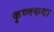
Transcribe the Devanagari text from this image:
कृष्णकथा